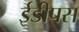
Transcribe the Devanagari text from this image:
ईडीपस